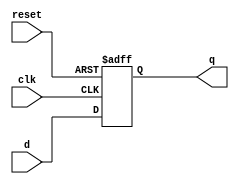
module Program_Counter(input clk,input reset,input [31:0] d,output reg [31:0] q);

always@(posedge clk,posedge reset)
if(reset==1'b1)
    q<=0;
else
    q<=d;
endmodule